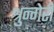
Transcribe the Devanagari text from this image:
श्रुन्गेरी